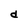
Character: d